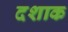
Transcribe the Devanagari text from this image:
दशाक